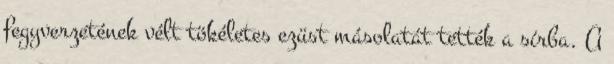
fegyverzetének vélt tökéletes ezüst másolatát tették a sírba. A